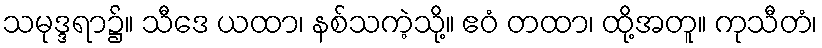
သမုဒ္ဒရာ၌။ သီဒေ ယထာ၊ နစ်သကဲ့သို့။ ဧဝံ တထာ၊ ထို့အတူ။ ကုသီတံ၊